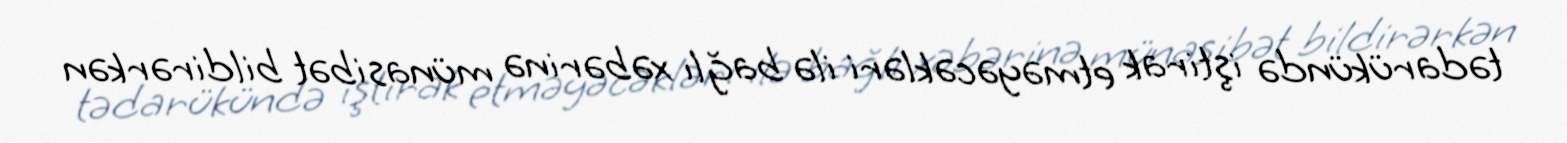
tədarükündə iştirak etməyəcəkləri ilə bağlı xəbərinə münasibət bildirərkən